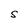
Character: S